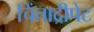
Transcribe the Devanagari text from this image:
चिंताद्रीपेट